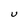
Character: U